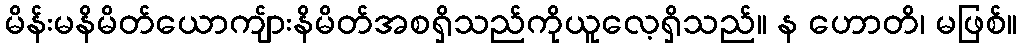
မိန်းမနိမိတ်ယောကျ်ားနိမိတ်အစရှိသည်ကိုယူလေ့ရှိသည်။ န ဟောတိ၊ မဖြစ်။